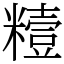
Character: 䊦